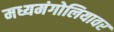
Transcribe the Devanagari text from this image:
मध्यमंगोलियावर